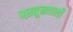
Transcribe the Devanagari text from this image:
पख़्तूनवाली